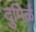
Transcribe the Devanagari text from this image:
दुमिर्ळ